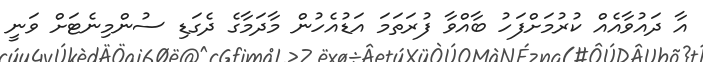
އާ ދައުވާއެއް ކުރުމަށްފަހު ބާއްވާ ފުރަތަމަ އަޑުއެހުން މާދަމާގެ ދެގަޑި ސުންމިނެޓަށް ވަނީ